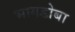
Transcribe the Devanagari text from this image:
भागडोबा